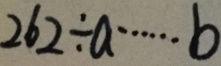
2 6 2 \div a \cdots b